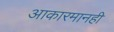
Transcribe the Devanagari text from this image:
आकारमानही